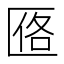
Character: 𪟰